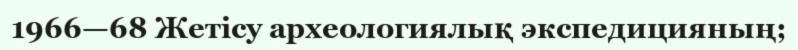
1966—68 Жетісу археологиялық экспедицияның;